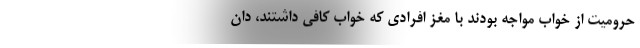
حرومیت از خواب مواجه بودند با مغز افرادی که خواب کافی داشتند، دان